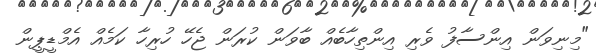
"މިނިވަން އިންސާފު ވެރި އިންތިހާބެއް ބާވަން ކުރަން ޖެހޭ ހުރިހާ ކަމެއް އެމްޑީޕީން